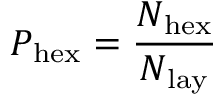
P _ { \mathrm { { h e x } } } = \frac { N _ { \mathrm { { h e x } } } } { N _ { \mathrm { { l a y } } } }